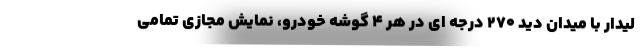
لیدار با میدان دید 270 درجه ای در هر 4 گوشه خودرو، نمایش مجازی تمامی